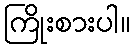
ကြိုးစားပါ။